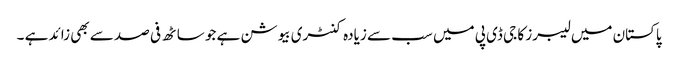
پاکستان میں لیبرز کا جی ڈی پی میں سب سے زیادہ کنٹری بیوشن ہے جو ساٹھ فی صد سے بھی زائد ہے ۔